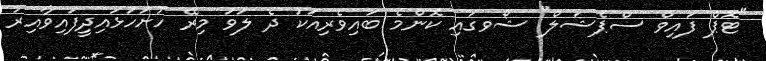
"ޓޮޕް ފައިވް ސްޕެޝަލް" ޝޯވގައި ކޮންމެ ބައިވެރިއަކު ދެ ލަވަ މިރޭ ހުށަހަޅައިދީފައިވާއިރު